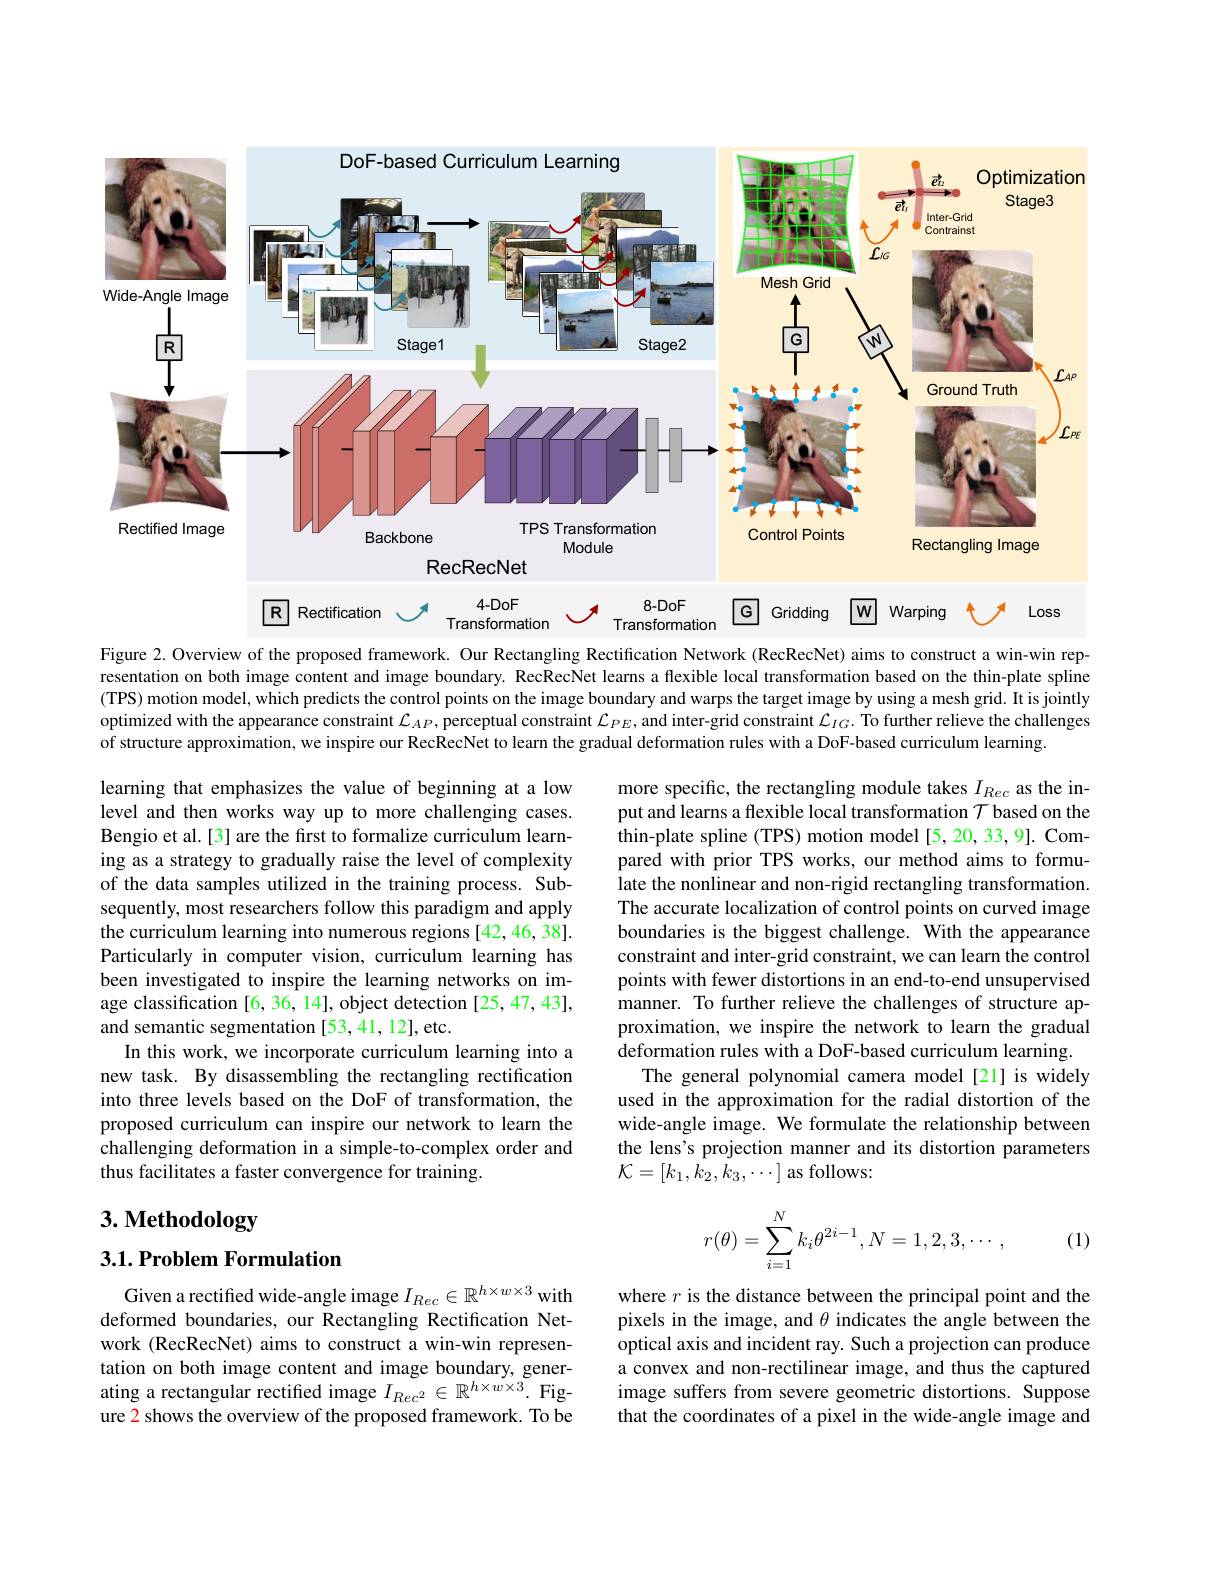
<FigureHere>

$4-DoF$

$8-DoF$

$\boxed{w}$ Warping

GGridding

Loss

$\boxed{R}$ Rectification.

Transformation

Transformation

Figure 2. Overview of the proposed framework. Our Rectangling Rectification Network (RecRecNet) aims to construct a win-win representation on both image content and image boundary. RecRecNet learns a flexible local transformation based on the thin-plate spline (TPS) motion model, which predicts the control points on the image boundary and warps the target image by using a mesh grid. It is jointly optimized with the appearance constraint $\mathcal{L}_{AP}$, perceptual constraint $\mathcal{L}_{PE}$, and inter-grid constraint $\mathcal{L}_{IG}.$ To further relieve the challenges of structure approximation, we inspire our RecRecNet to learn the gradual deformation rules with a DoF-based curriculum learning.

learning that emphasizes the value of beginning at a low level and then works way up to more challenging cases. Bengio et al.[3] are the first to formalize curriculum learning as a strategy to gradually raise the level of complexity of the data samples utilized in the training process. Subsequently, most researchers follow this paradigm and apply the curriculum learning into numerous regions [42,46,38]. Particularly in computer vision, curriculum learning has been investigated to inspire the learning networks on image classification [6, 36, 14], object detection [25, 47, 43], and semantic segmentation [53,41,12], etc.
In this work, we incorporate curriculum learning into a new task. By disassembling the rectangling rectification into three levels based on the DoF of transformation, the proposed curriculum can inspire our network to learn the challenging deformation in a simple-to-complex order and thus facilitates a faster convergence for training.

more specific, the rectangling module takes $I_{Rec}$ as the input and learns a flexible local transformation $\mathcal{T}$ based on the thin-plate spline (TPS) motion model [5, 20, 33, 9]. Compared with prior TPS works, our method aims to formulate the nonlinear and non-rigid rectangling transformation. The accurate localization of control points on curved image boundaries is the biggest challenge. With the appearance constraint and inter-grid constraint, we can learn the control points with fewer distortions in an end-to-end unsupervised manner. To further relieve the challenges of structure approximation, we inspire the network to learn the gradual $\hat{\text{deformation rules with a DoF-based curriculum learning}}.$
The general polynomial camera model[21] is widely used in the approximation for the radial distortion of the wide-angle image. We formulate the relationship between the lens's projection manner and its distortion parameters ${\mathcal K}=[k_{1},k_{2},k_{3},\cdots]$ as follows:

# 3. Methodology
$$r(\theta)=\sum_{i=1}^Nk_i\theta^{2i-1},N=1,2,3,\cdots,$$
(1)

## $3. 1. \textbf{Problem Formulation}$

Given a rectified wide-angle image $I_{Rec}\in\mathbb{R}^{h\times w\times3}$ with deformed boundaries, our Rectangling Rectification Network (RecRecNet) aims to construct a win-win representation on both image content and image boundary, generating a rectangular rectified image $I_{Rec^2}\in\mathbb{R}^{h\times w\times3}.$ Figure 2 shows the overview of the proposed framework. To be

where $r$ is the distance between the principal point and the pixels in the image, and $\theta$ indicates the angle between the optical axis and incident ray. Such a projection can produce a convex and non-rectilinear image, and thus the captured image suffers from severe geometric distortions. Suppose that the coordinates of a pixel in the wide-angle image and